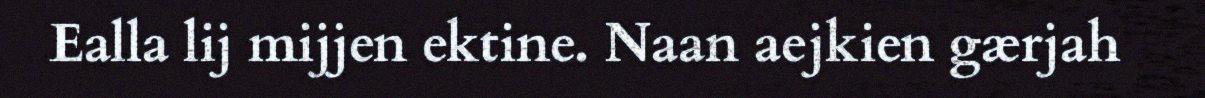
Ealla lij mijjen ektine. Naan aejkien gærjah